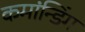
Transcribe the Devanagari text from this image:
कमांन्डिंग